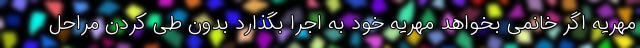
مهریه اگر خانمی بخواهد مهریه خود به اجرا بگذارد بدون طی کردن مراحل